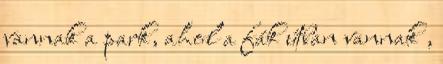
vannak a park, ahol a fák útban vannak ,